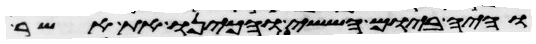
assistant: והיה ביום הששי והכינו את אשר